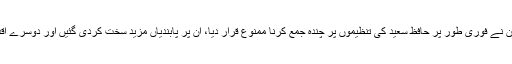
یہ یونہی نہیں ہے کہ پاکستان نے فوری طور پر حافظ سعید کی تنظیموں پر چندہ جمع کرنا ممنوع قرار دیا، ان پر پابندیاں مزید سخت کردی گئیں اور دوسرے اقدامات کی تیاری جاری ہے۔